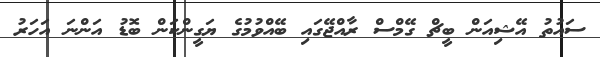
ސައުތު އޭޝިއަން ބީޗް ގޭމްސް ރާއްޖޭގައި ބޭއްވުމުގެ ޔަގީންކަން ބޮޑު އަންނަ އަހަރު